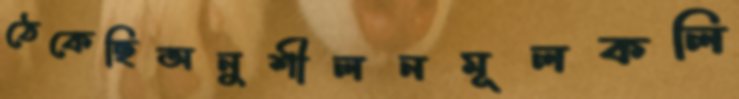
ঠেকেছিঅনুশীলনমূলকলি